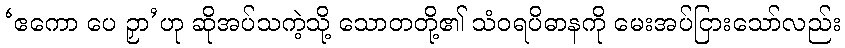
‘ဧကော ပေ ဉှာ’ဟု ဆိုအပ်သကဲ့သို့ သောတတို့၏ သံဝရပိဓာနကို မေးအပ်ငြားသော်လည်း